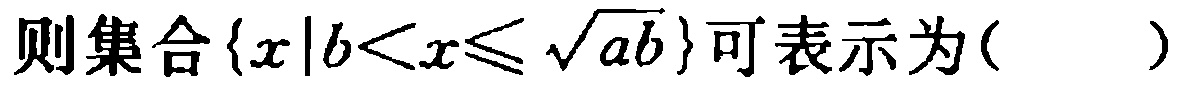
则集合\(\{x|b<x\leqslant \sqrt{ab}\}\)可表示为( )